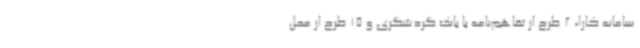
سامانه کارا، 2 طرح از تفاهم‌نامه با بانک گردشگری و 15 طرح از محل